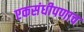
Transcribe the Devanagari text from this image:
एकसंधीपणाच